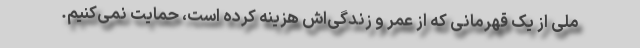
ملی از یک قهرمانی که از عمر و زندگی‌اش هزینه کرده است، حمایت نمی‌کنیم.